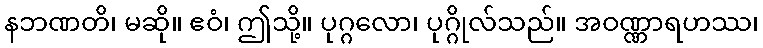
နဘဏတိ၊ မဆို။ ဧဝံ၊ ဤသို့။ ပုဂ္ဂလော၊ ပုဂ္ဂိုလ်သည်။ အဝဏ္ဏာရဟဿ၊